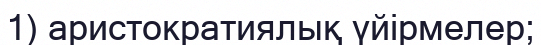
1) аристократиялық үйірмелер;